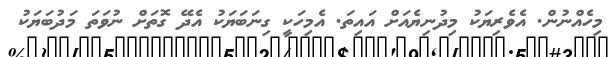
މިހެއްނުން. އެވެރިޔަކު މިދުނިޔެއަށް އައިތަ. އެމިހަކީ ގިނަބަޔަކު އެދޭ ގޮތަށް ނުވަތަ މަދުބަޔަކު